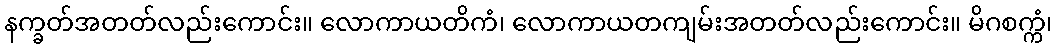
နက္ခတ်အတတ်လည်းကောင်း။ လောကာယတိကံ၊ လောကာယတကျမ်းအတတ်လည်းကောင်း။ မိဂစက္ကံ၊